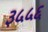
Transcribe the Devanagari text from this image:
३५५६